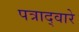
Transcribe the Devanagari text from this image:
पत्राद्वारे